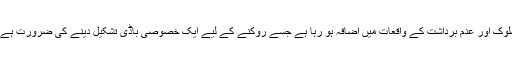
انہوں نے کہا کہ تعلیمی اداروں میں مذہب اور عقیدے پر مبنی امتیازی سلوک اور عدم برداشت کے واقعات میں اضافہ ہو رہا ہے جسے روکنے کے لیے ایک خصوصی باڈی تشکیل دینے کی ضرورت ہے جو ان شکایات کا فوری ازالہ کرے اور مذہبی رواداری کو یقینی بنائے ۔